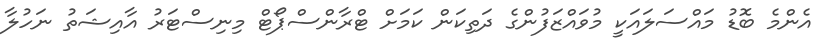
އެންމެ ބޮޑު މައްސަލައަކީ މުވައްޒަފުންގެ ދަތިކަން ކަމަށް ޓްރާންސްޕޯޓް މިނިސްޓަރު އާއިޝަތު ނަހުލާ